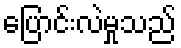
ပြောင်းလဲမှုသည်